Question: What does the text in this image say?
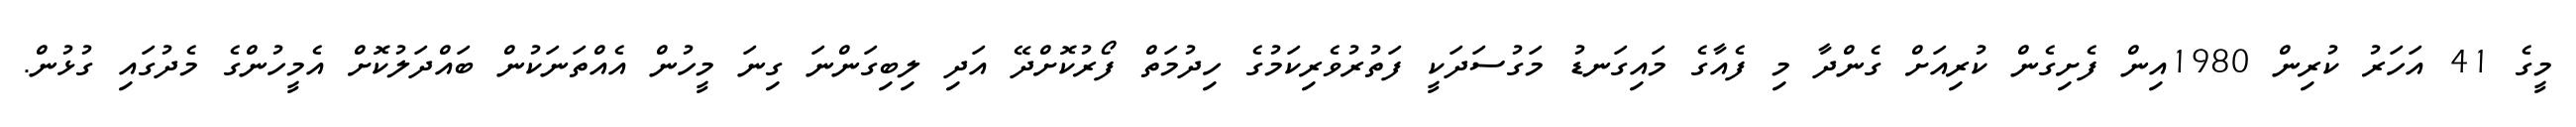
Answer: މީގެ 41 އަހަރު ކުރިން 1980އިން ފެށިގެން ކުރިއަށް ގެންދާ މި ފެއާގެ މައިގަނޑު މަގުސަދަކީ ފަތުރުވެރިކަމުގެ ހިދުމަތް ފޯރުކޮށްދޭ އަދި ލިބިގަންނަ ގިނަ މީހުން އެއްތަނަކުން ބައްދަލުކޮށް އެމީހުންގެ މެދުގައި ގުޅުން.